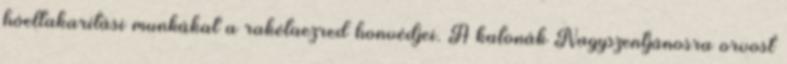
hóeltakarítási munkákat a rakétaezred honvédjei. A katonák Nagyszentjánosra orvost